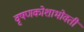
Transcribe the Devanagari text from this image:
वृषणकोशाभोवती